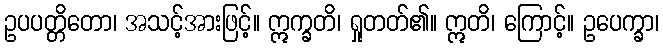
ဥပပတ္တိတော၊ အသင့်အားဖြင့်။ ဣက္ခတိ၊ ရှုတတ်၏။ ဣတိ၊ ကြောင့်။ ဥပေက္ခာ၊